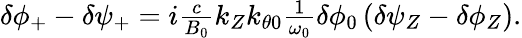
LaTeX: \begin{array}{r}{\delta\phi_{+}-\delta\psi_{+}=i\frac{c}{B_{0}}k_{Z}k_{\theta 0}\frac{1}{\omega_{0}}\delta\phi_{0}\left(\delta\psi_{Z}-\delta\phi_{Z}\right).}\end{array}